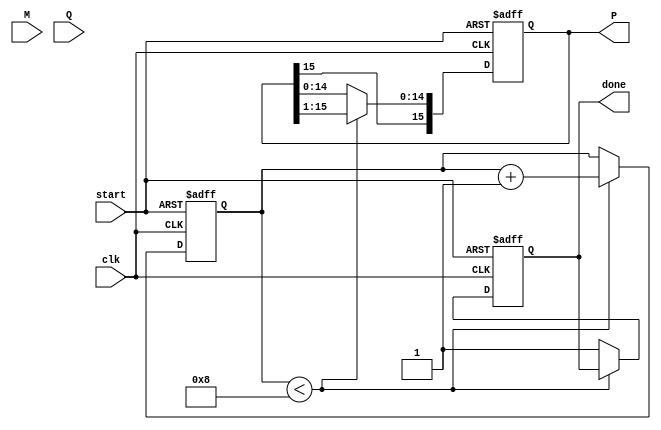
module Modified_Booth_Multiplier #(parameter WIDTH = 8) (
    input signed [WIDTH-1:0] M,  // Multiplicand
    input signed [WIDTH-1:0] Q,  // Multiplier
    input clk,                   // Clock
    input start,                 // Start signal
    output reg signed [2*WIDTH-1:0] P, // Product
    output reg done              // Done signal
);

    reg [WIDTH:0] Q_ext; // Extended multiplier (Q)
    reg [WIDTH:0] M_neg; // Negated multiplicand
    reg [3:0] count;     // Loop counter
    reg [1:0] booth_code; // Booth encoding result

    // Negate the multiplicand
    always @(*) begin
        M_neg = -M;
    end

    // Booth encoding logic
    always @(*) begin
        booth_code = {Q_ext[0], Q_ext[1]};
    end

    // Main state machine
    always @(posedge clk or posedge start) begin
        if (start) begin
            // Initialize
            P <= 0;
            Q_ext <= {1'b0, Q}; // Extend Q by one bit
            count <= 0;
            done <= 0;
        end else if (count < WIDTH) begin
            case (booth_code)
                2'b00: ; // No operation
                2'b01: P <= P + M; // Add multiplicand
                2'b10: P <= P + M_neg; // Subtract multiplicand
                2'b11: ; // No operation
            endcase

            // Shift right (arithmetic shift)
            P <= P >>> 1;
            Q_ext <= {Q_ext[WIDTH-1], Q_ext[WIDTH:1]}; // Arithmetic shift

            // Increment count
            count <= count + 1;
        end else begin
            done <= 1; // Indicate completion
        end
    end

endmodule